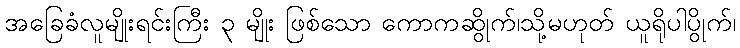
အခြေခံလူမျိုးရင်းကြီး ၃ မျိုး ဖြစ်သော ကောကဆွိုက်၊သို့မဟုတ် ယူရိုပါပွိုက်၊